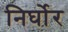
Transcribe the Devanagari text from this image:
निर्घोर